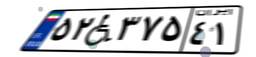
۲۵W۷۱۹۴۲